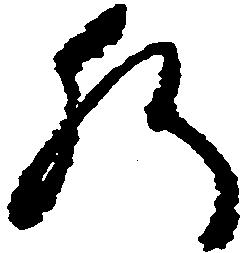
肝